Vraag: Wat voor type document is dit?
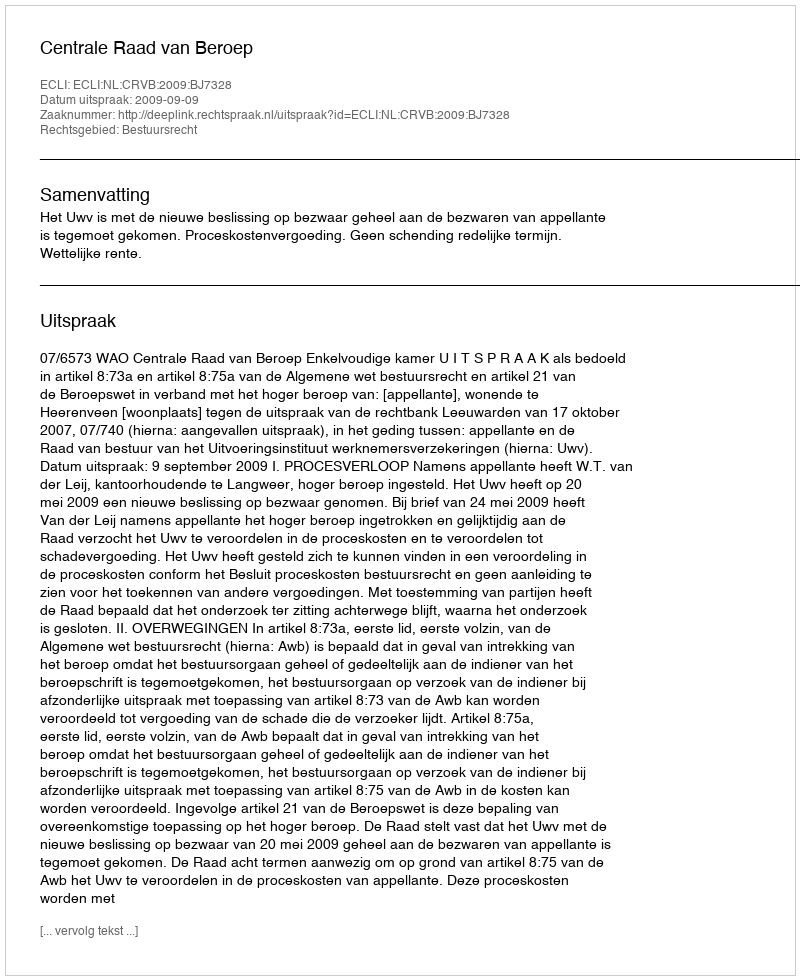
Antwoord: Uitspraak